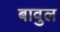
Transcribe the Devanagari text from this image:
बावुल